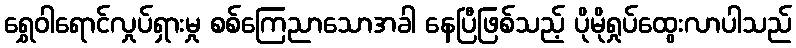
ရွှေဝါရောင်လှုပ်ရှားမှု စစ်ကြေညာသောအခါ နေပြီဖြစ်သည့် ပိုမိုရှုပ်ထွေးလာပါသည်